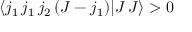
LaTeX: \langle j _ { 1 } \, j _ { 1 } \, j _ { 2 } \, ( J - j _ { 1 } ) | J \, J \rangle > 0